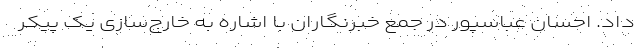
داد. احسان عباسپور در جمع خبرنگاران با اشاره به خارج‌سازی یک پیکر